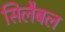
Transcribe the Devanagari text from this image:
सिलैबल